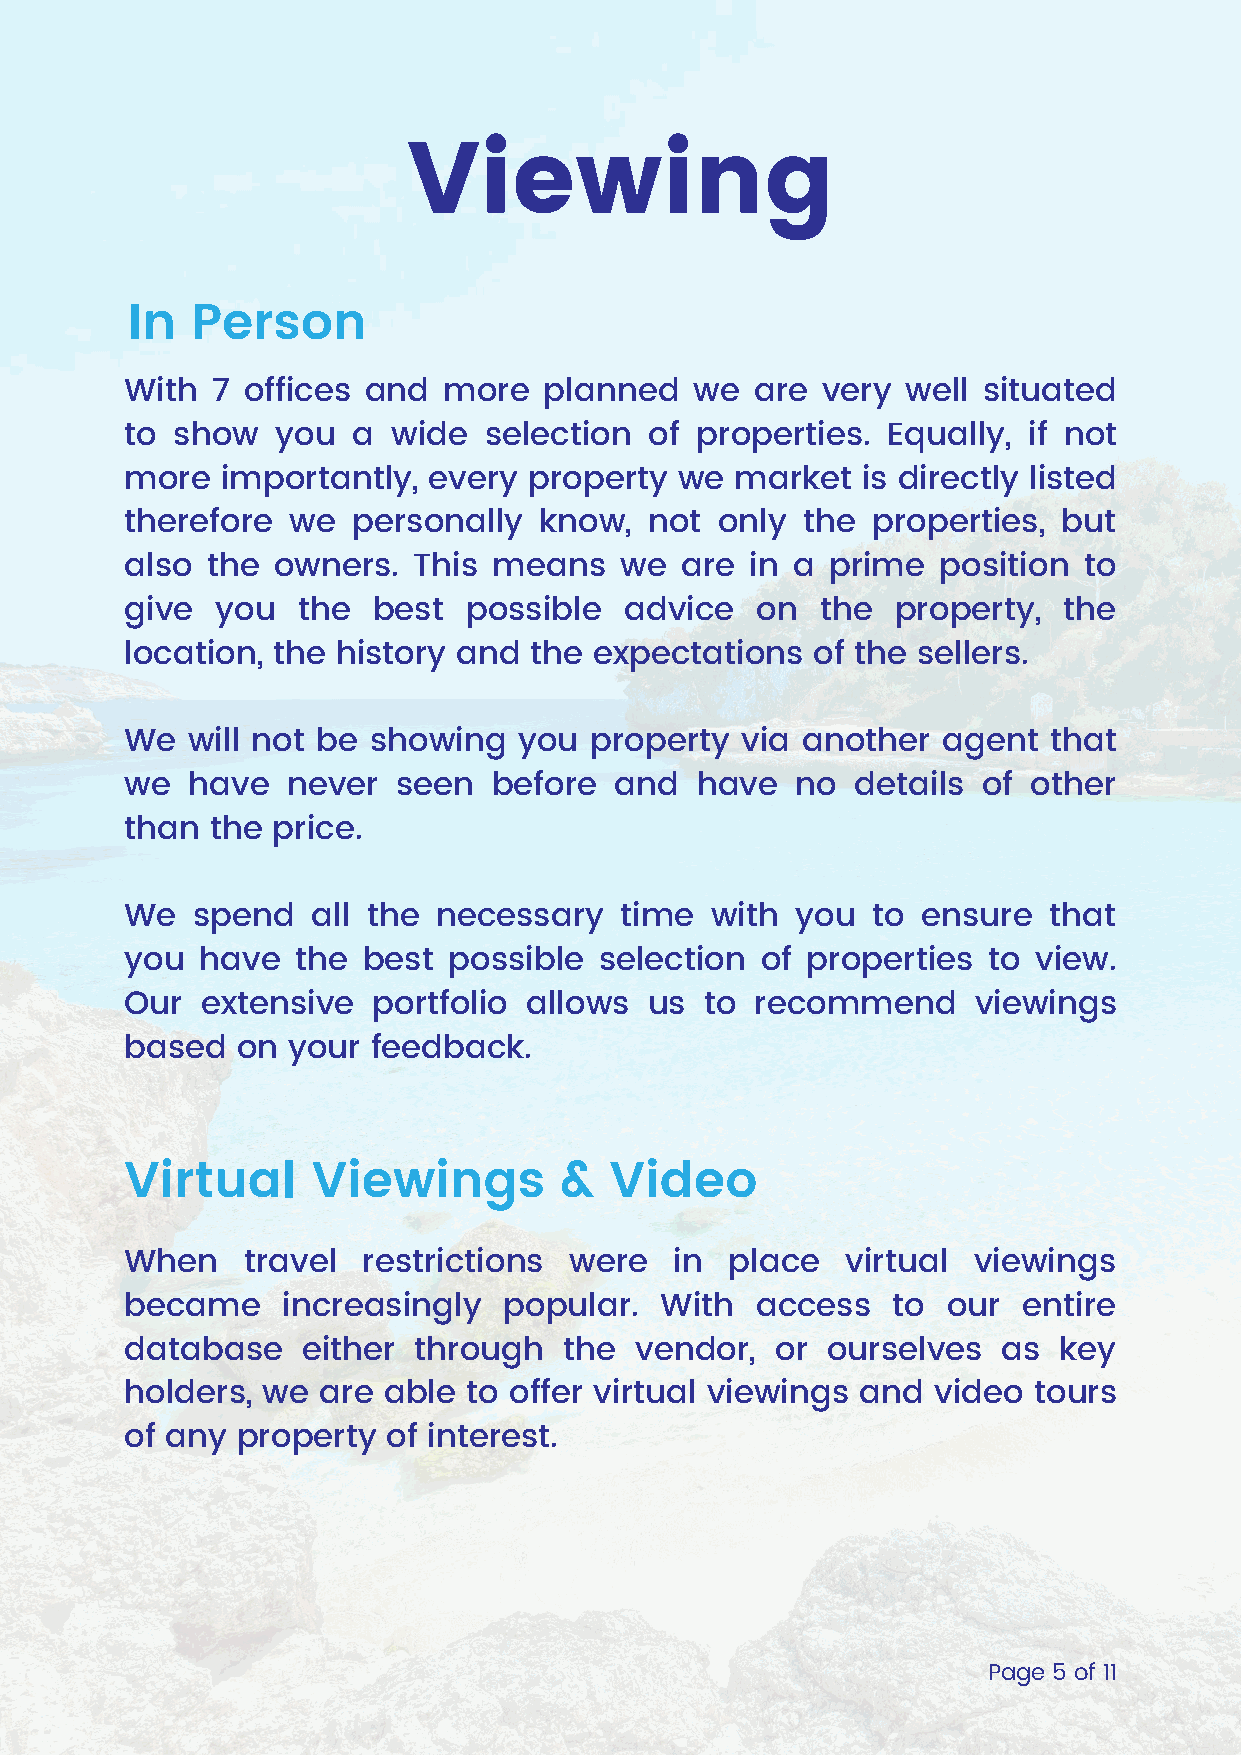
Viewing
 In   Person
 With  7 offices and  more   planned   we  are very  well situated
 to show   you  a  wide  selection  of properties.  Equally, if not
 more   importantly, every  property  we  market  is directly listed
 therefore  we  personally   know,  not only  the  properties, but
 also  the owners.  This  means   we  are  in a prime  position  to
 give  you   the  best  possible  advice   on  the  property,  the
 location, the history and  the expectations   of the sellers.
 We  will not be showing   you  property  via another  agent   that
 we  have   never  seen   before  and  have   no  details of other
 than  the price.
 We   spend   all the necessary   time  with  you  to ensure  that
 you  have   the best  possible  selection of properties  to  view.
 Our  extensive   portfolio allows  us  to recommend      viewings
 based   on your  feedback.
 Virtual      Viewings        &  Video
 When    travel  restrictions  were   in place   virtual viewings
 became     increasingly  popular.   With  access   to  our  entire
 database    either through   the  vendor,  or  ourselves  as  key
 holders, we  are able  to offer virtual viewings and  video tours
 of any  property  of interest.
 Page 5 of 11